Vaccine operations Central Provinces 1900-1911 - 1900-1911
Year: 1900
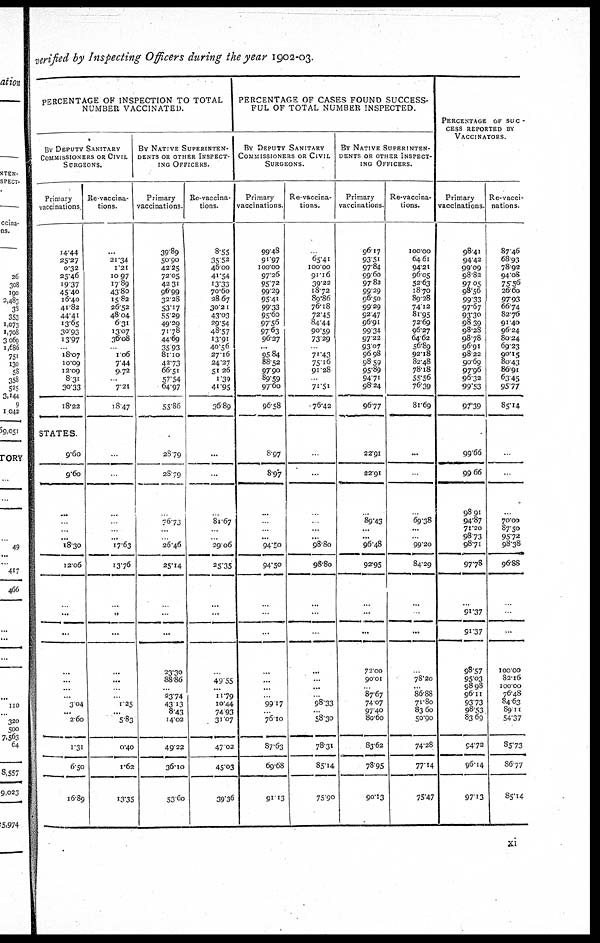
verified by Inspecting Officers during the year 1902-03.
PERCENTAGE OF INSPECTION TO TOTAL
NUMBER VACCINATED.
BY DEPUTY SANITARY
COMMISSIONERS OR CIVIL
SURGEONS.
Primary
vaccinations
14.44
25.27
0.32
25.46
19.37
45.40
16.40
41.82
44.41
13.65
30.93
13.97
...
18.07
10.09
12.09
8.31
30.33
l8.22
STATES
9.60
9.60
...
...
...
...
18.30
12.06
...
...
...
...
...
...
...
3.04
... 2.60
1.31
6.50
16.89
Re-vaccina-
tions.
...
21.34
1.21
10.97
17.89
43.80
15.82
26.52
48.04
6.31
13.07
36.08
...
1.06
7.44
9.72
...
7.21
18.47
...
...
...
...
...
...
17.63
13.76
...
...
...
...
...
...
...
1.25
...
5.83
0.40
1.62
13.35
BY NATIVE SUPERINTEN-
DENTS OR OTHER INSPECT-
ING OFFICERS.
Primary
vaccinations
39.89
50.90
42.25
72.05
42.31
96.99
32.28
53.17
55.29
49.29
71.78
44.69
35.93
81.10
42.73
66.51
57.54
64.97
55.86
28.79
28.79
...
76.73
...
...
26.46
25.14
...
...
...
23.30
88.86
...
23.74
43.13
8.43
14.02
49.22
36.10
53.60
Re-vaccina-
tions.
8.55
35.52
46.00
41.54
13.33
70.60
28.67
30.21
43.03
29.54
48.57
13.91
40.56
27.16
24.27
51.26
1.39
41.95
36.89
...
...
...
81.67
...
...
29.06
25.35
...
...
...
...
49.55
...
11.79
10.44
74.93
31.07
47.02
45.03
39.36
PERCENTAGE OF CASES FOUND SUCCESS-
FUL OF TOTAL NUMBER INSPECTED.
BY DEPUTY SANITARY
COMMISSIONERS OR CIVIL
SURGEONS.
Primary
vaccinations
99.48
91.97
100.00
97.26
95.72
99.29
95.41
99.33
95.60
97.56
97.63
96.27
...
95.84
88.52
97.90
89.59
97.60
96.58
8.97
8.97
...
...
...
...
94.50
94.50
...
...
...
...
...
...
...
99.17
...
76.10
87.63
69.68
91.13
Re-vaccina-
tions.
...
65.41
100.00
91.16
39.22
18.72
89.86
76.18
72.45
84.44
90.59
73.29
...
71.43
75.16
91.28
...
71.51
76.42
...
...
...
...
...
...
98.80
98.80
...
...
...
...
...
...
...
98.33
...
58.30
78.31
85.14
75.90
BY NATIVE SUPERINTEN-
DENTS OR OTHER INSPECT-
ING OFFICERS.
Primary
vaccinations.
96.17
93.51
97.84
99.60
97.82
99.29
96.50
99.29
92.47
96.91
99.34
97.22
93.07
96.98
98.59
95.89
94.71
98.24
96.77
22.91
22.91
...
89.43
...
...
96.48
92.95
...
...
...
72.00
90.01
...
87.67
74.07
97.40
80.60
83.62
78.95
90.13
Re-vaccina-
tions.
100.00
64.61
94.21
96.05
52.63
18.70
89.28
74.12
81.95
72.69
96.27
64.62
56.89
92.18
82.48
78.18
55.56
76.39
81.69
...
...
...
69.38
...
...
99.20
84.29
...
...
...
...
78.20
... 86.88
71.80
83.60
50.90
74.28
77.14
75.47
PERCENTAGE OF SUC-
CESS REPORTED BY
VACCINATORS.
Primary
vaccinations
98.41
94.42
99.09
98.82
97.05
98.56
99.33
97.67
93.30
98.39
98.28
98.78
96.91
98.22
90.69
97.96
96.32
99.53
97.39
99.66
99.66
98.91
94.87
71.20
98.73
98.71
97.78
...
91.37
91.37
98.57
95.03
98.98
96.11
93.73
98.53
83.69
94.72
96.14
97.13
Re-vacci-
nations.
87.46
68.93
78.92
94.08
75.56
26.60
97.93
66.74
82.76
91.40
96.24
80.24
69.23
90.15
80.43
86.91
63.45
95.77
85.14
...
...
...
70.00
87.50
95.72
98.38
96.88
...
...
...
100.00
82.16
100.00
76.48
84.63
89.11
54.37
35.73
86.77
85.14
xi